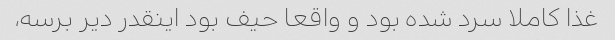
غذا کاملا سرد شده بود و واقعا حیف بود اینقدر دیر برسه،